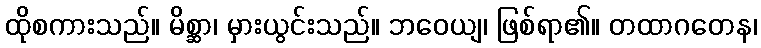
ထိုစကားသည်။ မိစ္ဆာ၊ မှားယွင်းသည်။ ဘဝေယျ၊ ဖြစ်ရာ၏။ တထာဂတေန၊